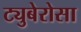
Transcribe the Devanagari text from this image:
ट्युबेरोसा